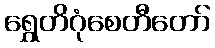
ရွှေတိဂုံစေတီတော်